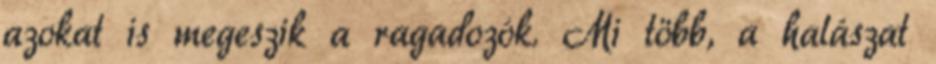
azokat is megeszik a ragadozók. Mi több, a halászat